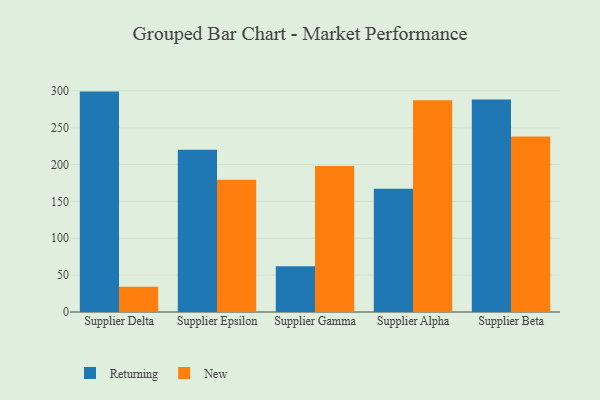
{"axis": {"x": "Supplier", "y": "Humidity (%)"}, "legend": ["New", "Returning"], "data": [{"x": "Supplier Delta", "y": 298.9, "type": "Returning"}, {"x": "Supplier Delta", "y": 34.3, "type": "New"}, {"x": "Supplier Epsilon", "y": 219.9, "type": "Returning"}, {"x": "Supplier Epsilon", "y": 179.5, "type": "New"}, {"x": "Supplier Gamma", "y": 61.9, "type": "Returning"}, {"x": "Supplier Gamma", "y": 198.1, "type": "New"}, {"x": "Supplier Alpha", "y": 167.1, "type": "Returning"}, {"x": "Supplier Alpha", "y": 287.0, "type": "New"}, {"x": "Supplier Beta", "y": 288.3, "type": "Returning"}, {"x": "Supplier Beta", "y": 238.0, "type": "New"}]}